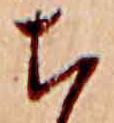
ち